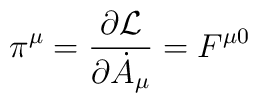
\pi^{\mu} = \frac{\partial{\cal L}}{\partial {\dot{A}}_{\mu}} = F^{\mu 0}